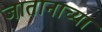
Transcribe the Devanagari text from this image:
जातानाच्या